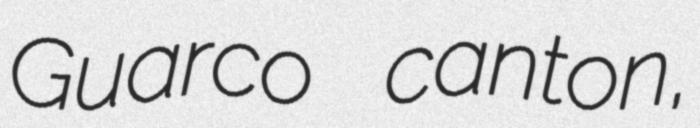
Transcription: Guarco canton,